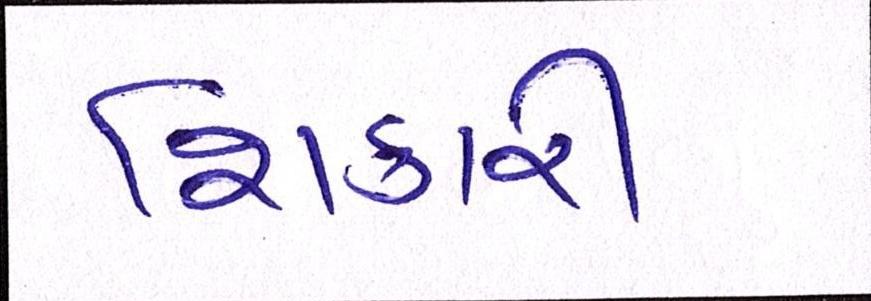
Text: શિકારી